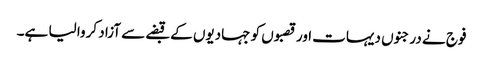
فوج نے درجنوں دیہات اور قصبوں کو جہادیوں کے قبضے سے آزاد کروا لیا ہے۔